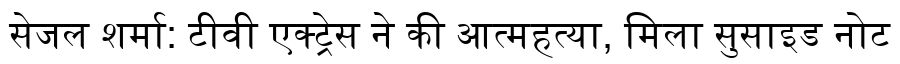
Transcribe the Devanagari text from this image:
सेजल शर्मा: टीवी एक्ट्रेस ने की आत्महत्या, मिला सुसाइड नोट